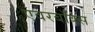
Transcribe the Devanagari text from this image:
एवरबॉक्स